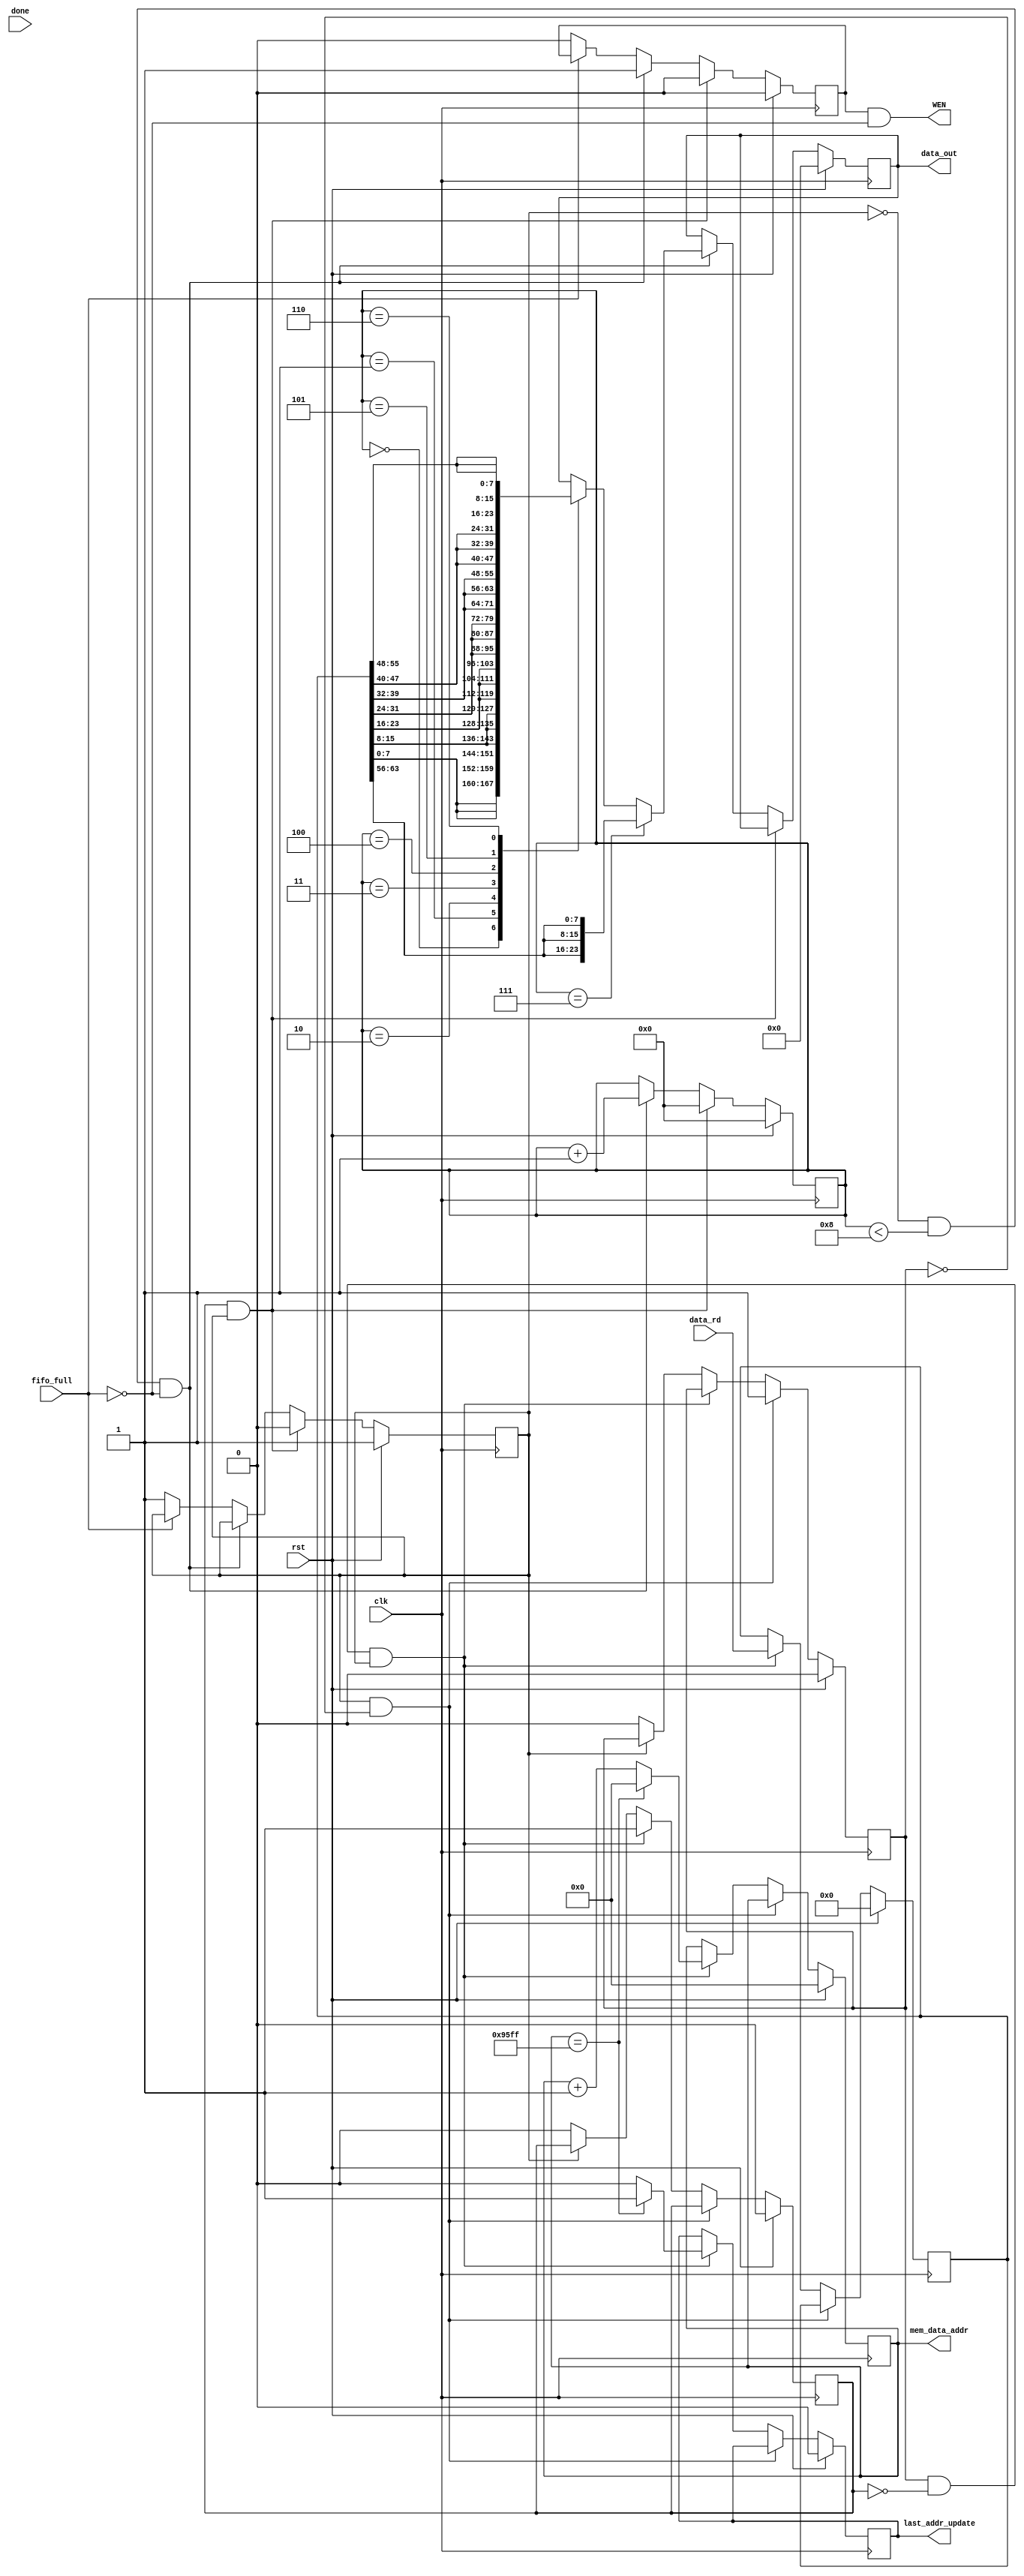
`timescale 1ns/1ps

module display (
input clk, rst, fifo_full, done,
// Arbiter interface
input [63:0]  data_rd,
output  [15:0] mem_data_addr,
output reg last_addr_update,
// Output to FIFO
output reg [23:0] data_out,
output  WEN
);


// Max is 38400 [ 640*480/8 ]
reg [15:0] addr_count;
reg [3:0] write_counter;
// count 8 times
reg write_enabled;
reg write_finish;
reg wait_for_read;
reg [63:0] temp_data;
reg WEN_I;

// WEN is asynchronous
assign WEN =  (WEN_I) & ~fifo_full;

assign mem_data_addr = addr_count;

// Addr Counter always block
always @(posedge clk)
	begin
	if(rst)
		begin
		last_addr_update <= 0;
		addr_count <= 0;
		temp_data <= 0;
		write_enabled <= 0;
		wait_for_read <= 0;
		end
		
	else if(write_finish & ~wait_for_read)  // Issue new read command
		begin
		wait_for_read <= 1;
		end
		
	else if(wait_for_read & ~write_enabled & write_finish) // received data
		begin
		write_enabled <= 1;
		temp_data <= data_rd;
			if( addr_count == 16'd38399 )
				begin
				last_addr_update <= 1;
				addr_count <= 16'd0;
				end
			else
				begin
				addr_count <= addr_count + 1;
				last_addr_update <= 0;
				end
		end
	
	else if(~write_finish)
		begin
		wait_for_read <= 0;
		write_enabled <= 0; // Since write has started now, enable can go low
		end
	
	end
	
// Write to FIFO logic
always @(posedge clk)
	begin
	if(rst)
		begin
		write_finish <= 1;  // No pending write initially
		write_counter <= 0;
		WEN_I <= 0;
		data_out <= 24'd0;
		end
		
	else if(write_enabled & write_finish)  // 1 read received, need to send out
		begin
		write_finish <= 0;
		write_counter <= 0;
		WEN_I <= 0;
		//data_out <= 24'd0;
		end
	// After counter reach 7 write_finish will become 1 indicate writes are finished
	
	else if( ~write_finish &(write_counter < 8) & ~fifo_full)  // Fifo is not full
		begin
		// Send data 8 times
		if(write_counter == 7)
			begin
			case(write_counter)
			3'd0 :  data_out <= {temp_data[7:0], temp_data[7:0], temp_data[7:0]}; 
			3'd1 :  data_out <= {temp_data[15:8], temp_data[15:8], temp_data[15:8]}; 
			3'd2 :  data_out <= {temp_data[23:16], temp_data[23:16], temp_data[23:16]}; 
			3'd3 :  data_out <= {temp_data[31:24], temp_data[31:24], temp_data[31:24]}; 
			3'd4 :  data_out <= {temp_data[39:32], temp_data[39:32], temp_data[39:32]}; 
			3'd5 :  data_out <= {temp_data[47:40], temp_data[47:40], temp_data[47:40]}; 
			3'd6 :  data_out <= {temp_data[55:48], temp_data[55:48], temp_data[55:48]}; 
			3'd7 :  data_out <= {temp_data[63:56], temp_data[63:56], temp_data[63:56]};  
			endcase
			write_counter <= write_counter + 1;
			WEN_I <= 1;
		   //write_finish <= 1;  		
			end
			
			else // Write counter is not 7
			begin
			WEN_I <= 1;
			
			case(write_counter)
			3'd0 :  data_out <= {temp_data[7:0], temp_data[7:0], temp_data[7:0]}; 
			3'd1 :  data_out <= {temp_data[15:8], temp_data[15:8], temp_data[15:8]}; 
			3'd2 :  data_out <= {temp_data[23:16], temp_data[23:16], temp_data[23:16]}; 
			3'd3 :  data_out <= {temp_data[31:24], temp_data[31:24], temp_data[31:24]}; 
			3'd4 :  data_out <= {temp_data[39:32], temp_data[39:32], temp_data[39:32]}; 
			3'd5 :  data_out <= {temp_data[47:40], temp_data[47:40], temp_data[47:40]}; 
			3'd6 :  data_out <= {temp_data[55:48], temp_data[55:48], temp_data[55:48]}; 
			3'd7 :  data_out <= {temp_data[63:56], temp_data[63:56], temp_data[63:56]}; 
			endcase
			write_counter <= write_counter + 1;
			
			end
		
		end
	
	   else if(~fifo_full)
			begin
			WEN_I <= 0;
			write_finish <= 1;
		//	data_out <= 24'd0;
			end
			
	
	end	// end of second always block

endmodule